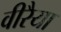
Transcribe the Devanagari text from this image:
वीरैया